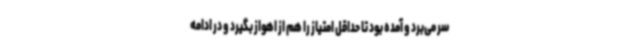
سر می‌برد و آمده بود تا حداقل امتیاز را هم از اهواز بگیرد و در ادامه